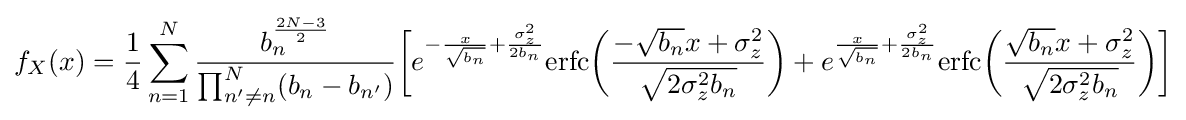
f_{X}(x)={\frac {1}{4}}\sum _{n=1}^{N}{\frac {b_{n}^{\frac {2N-3}{2}}}{\prod _{n'\neq n}^{N}(b_{n}-b_{n'})}}{\bigg [}e^{-{\frac {x}{\sqrt {b_{n}}}}+{\frac {\sigma _{z}^{2}}{2b_{n}}}}{\text{erfc}}{\bigg (}{\frac {-{\sqrt {b_{n}}}x+\sigma _{z}^{2}}{\sqrt {2\sigma _{z}^{2}b_{n}}}}{\bigg )}+e^{{\frac {x}{\sqrt {b_{n}}}}+{\frac {\sigma _{z}^{2}}{2b_{n}}}}{\text{erfc}}{\bigg (}{\frac {{\sqrt {b_{n}}}x+\sigma _{z}^{2}}{\sqrt {2\sigma _{z}^{2}b_{n}}}}{\bigg )}{\bigg ]}